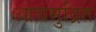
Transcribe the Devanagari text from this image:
आद्यमुद्रित